Report of the Indian Hemp Drugs Commission, 1894-1895 - Volume V
Year: 1894
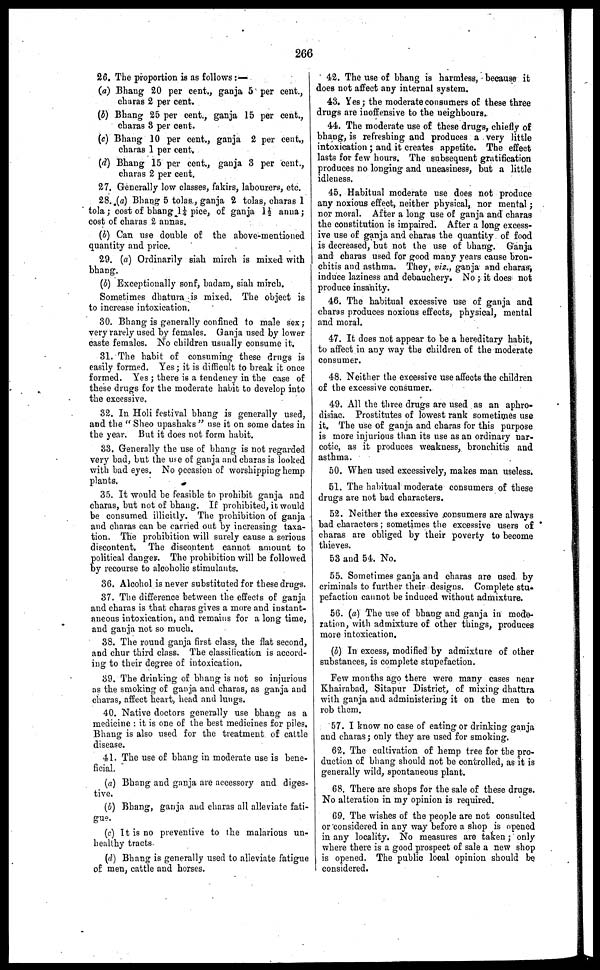
266
26. The proportion is as follows :—
(a) Bhang 20 per cent., ganja 5 per cent.,
charas 2 per cent.
(b) Bhang 25 per cent., ganja 15 per cent.,
charas 8 per cent.
(c) Bhang 10 per cent., ganja 2 per cent.,
charas 1 per cent.
(d) Bhang 15 per cent., ganja 3 per cent.,
charas 2 per cent.
27. Generally low classes, fakirs, labourers, etc.
28. (c) Bhang 5 tolas, ganja 2 tolas, charas 1
tola ; cost of bhang 1¼ pice, of ganja 1½ anna ;
cost of charas 2 annas.
(b) Can use double of the above-mentioned
quantity and price.
29. (a) Ordinarily siah mirch is mixed with
bhang.
(b) Exceptionally sonf, badam, siah mirch.
Sometimes dhatura is mixed. The object is
to increase intoxication.
30. Bhang is generally confined to male sex;
very rarely used by females. Ganja used by lower
caste females. No children usually consume it.
31. The habit of consuming these drugs is
easily formed. Yes ; it is difficult to break it once
formed. Yes ; there is a tendency in the case of
these drugs for the moderate habit to develop into
the excessive.
32. In Holi festival bhang is generally used,
and the "Sheo upashaks" use it on some dates in
the year. But it does not form habit.
33. Generally the use of bhang is not regarded
very bad, but the use of ganja and charas is looked
with bad eyes. No occasion of worshipping hemp
plants.
35. It would be feasible to prohibit ganja and
charas, but not of bhang. If prohibited, it would
be consumed illicitly. The prohibition of ganja
and charas can be carried out by increasing taxa-
tion. The prohibition will surely cause a serious
discontent. The discontent cannot amount to
political danger. The prohibition will be followed
by recourse to alcoholic stimulants.
36. Alcohol is never substituted for these drugs.
37. The difference between the effects of ganja
and charas is that charas gives a more and instant-
aneous intoxication, and remains for a long time,
and ganja not so much.
38. The round ganja first class, the flat second,
and chur third class. The classification is accord-
ing to their degree of intoxication.
39. The drinking of bhang is not so injurious
as the smoking of ganja and charas, as ganja and
charas, affect heart, head and lungs.
40. Native doctors generally use bhang as a
medicine : it is one of the best medicines for piles.
Bhang is also used for the treatment of cattle
disease.
41. The use of bhang in moderate use is bene-
ficial.
(a) Bhang and ganja are accessory and diges-
tive.
(b) Bhang, ganja and charas all alleviate fati-
gue.
(c) It is no preventive to the malarious un-
healthy tracts.
(d) Bhang is generally used to alleviate fatigue
of men, cattle and horses.
42. The use of bhang is harmless, because it
does not affect any internal system.
43. Yes ; the moderate consumers of these three
drugs are inoffensive to the neighbours.
44. The moderate use of these drugs, chiefly of
bhang, is refreshing and produces a very little
intoxication ; and it creates appetite. The effect
lasts for few hours. The subsequent gratification
produces no longing and uneasiness, but a little
idleness.
45. Habitual moderate use does not produce
any noxious effect, neither physical, nor mental ;
nor moral. After a long use of ganja and charas
the constitution is impaired. After a long excess-
ive use of ganja and charas the quantity of food
is decreased, but not the use of bhang. Ganja
and charas used for good many years cause bron-
chitis and asthma. They, viz., ganja and charas,
induce laziness and debauchery. No ; it does not
produce insanity.
46. The habitual excessive use of ganja and
charas produces noxious effects, physical, mental
and moral.
47. It does not appear to be a hereditary habit,
to affect in any way the children of the moderate
consumer.
48. Neither the excessive use affects the children
of the excessive consumer.
49. All the three drugs are used as an aphro-
disiac. Prostitutes of lowest rank sometimes use
it. The use of ganja and charas for this purpose
is more injurious than its use as an ordinary nar-
cotic, as it produces weakness, bronchitis and
asthma.
50. When used excessively, makes man useless.
61. The habitual moderate consumers of these
drugs are not bad characters.
52. Neither the excessive consumers are always
bad characters ; sometimes the excessive users of
charas are obliged by their poverty to become
thieves.
53 and 54. No.
55. Sometimes ganja and charas are used by
criminals to further their designs. Complete stu-
pefaction cannot be induced without admixture.
56. (a) The use of bhang and ganja in mode-
ration, with admixture of other things, produces
more intoxication.
(b) In excess, modified by admixture of other
substances, is complete stupefaction.
Few months ago there were many cases near
Khairabad, Sitapur District, of mixing dhatura
with ganja and administering it on the men to
rob them.
57. I know no case of eating or drinking ganja
and charas ; only they are used for smoking.
62. The cultivation of hemp tree for the pro-
duction of bhang should not be controlled, as it is
generally wild, spontaneous plant.
68. There are shops for the sale of these drugs.
No alteration in my opinion is required.
69. The wishes of the people are not consulted
or considered in any way before a shop is opened
in any locality. No measures are taken ; only
where there is a good prospect of sale a new shop
is opened. The public local opinion should be
considered.